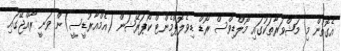
އެގޮތުން މި މަޝްވަރާތަކުގައި މޯލްޑިވްސް ރޯޑް ޑިވެލޮޕްމެންޓް ކޯޕަރޭޝަން (އެމްއާރުޑީސީ)ން ވަނީ ރާއްޖޭގައި